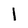
Character: l